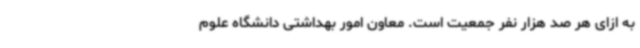
به ازای هر صد هزار نفر جمعیت است. معاون امور بهداشتی دانشگاه علوم